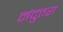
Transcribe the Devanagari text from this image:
नंदुत्तरा